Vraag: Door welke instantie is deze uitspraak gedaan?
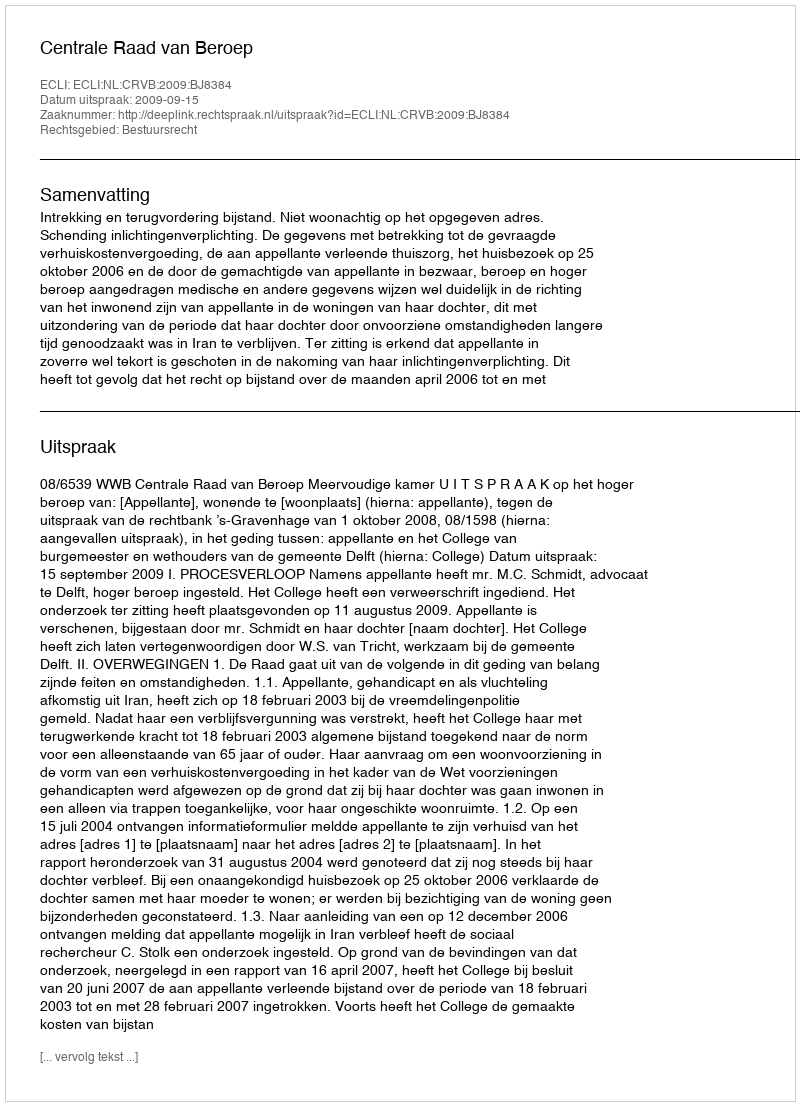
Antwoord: Centrale Raad van Beroep